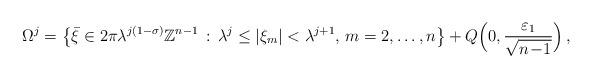
LaTeX: \begin{align*}\Omega^{j} = \big\{ \bar{\xi} \in 2 \pi \lambda^{j(1-\sigma)} \mathbb{Z}^{n-1} \,:\, \lambda^{j} \leq | \xi_{m} |< \lambda^{j+1}, \, m=2,\ldots, n \big\} + Q\Big( 0,\frac{\varepsilon_{1}}{\sqrt{n\!-\!1}} \Big) \, ,\end{align*}